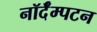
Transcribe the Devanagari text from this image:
नॉर्दॅम्पटन